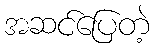
အဆင်ပြေတဲ့